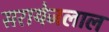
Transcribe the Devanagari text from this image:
सरायेजलाल